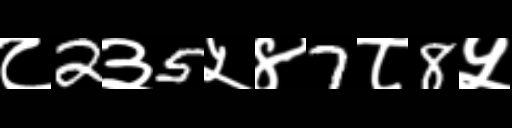
Text: ८2३5५४7८8५